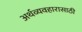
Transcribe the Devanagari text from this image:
अर्थव्यवहारासाठी